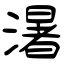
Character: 濐